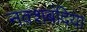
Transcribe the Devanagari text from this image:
नक़्शबंदिया